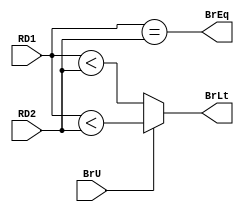
module Branch_Comp(
    input [31:0] RD1, RD2,
    input BrU,
    output BrEq, BrLt
);

wire signed [31:0] RD1_signed, RD2_signed;

assign RD1_signed = RD1;
assign RD2_signed = RD2;

assign BrEq = RD1 == RD2;
assign BrLt = (BrU) ? RD1 < RD2 : RD1_signed < RD2_signed;

endmodule